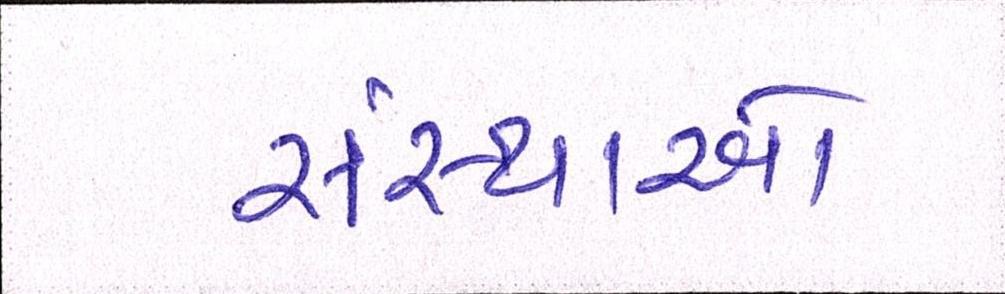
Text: સંસ્થાઓ